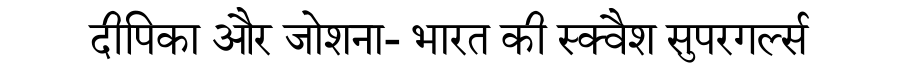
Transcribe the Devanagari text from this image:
दीपिका और जोशना- भारत की स्क्वैश सुपरगर्ल्स